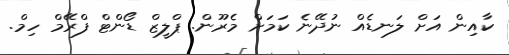
ކާއިން އަށް ލަނޑެއް ނުދޭނެ ކަމަށް މެރޫން. ޕްލީޒް ޑޯންޓް ފްރޭމް ހިމް.